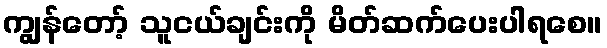
ကျွန်တော့် သူငယ်ချင်းကို မိတ်ဆက်ပေးပါရစေ။